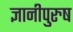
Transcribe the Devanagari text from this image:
ज्ञानीपुरुष